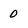
Character: 0